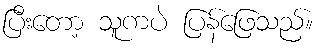
ပြီးတော့ သူကပဲ ပြန်ဖြေသည်။